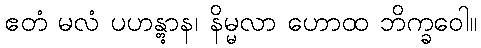
ဧတံ မလံ ပဟန္တွာန၊ နိမ္မလာ ဟောထ ဘိက္ခဝေါ။